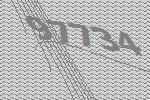
97734